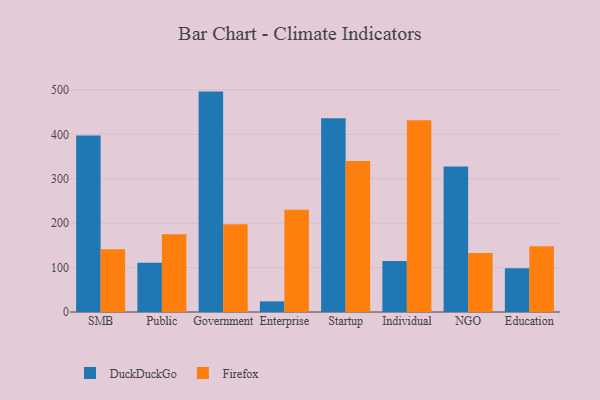
{"axis": {"x": "Segment", "y": "Demand Index"}, "legend": ["DuckDuckGo", "Firefox"], "data": [{"x": "SMB", "y": 397.2, "type": "DuckDuckGo"}, {"x": "SMB", "y": 141.4, "type": "Firefox"}, {"x": "Public", "y": 111.1, "type": "DuckDuckGo"}, {"x": "Public", "y": 175.1, "type": "Firefox"}, {"x": "Government", "y": 496.2, "type": "DuckDuckGo"}, {"x": "Government", "y": 197.3, "type": "Firefox"}, {"x": "Enterprise", "y": 23.9, "type": "DuckDuckGo"}, {"x": "Enterprise", "y": 230.0, "type": "Firefox"}, {"x": "Startup", "y": 436.1, "type": "DuckDuckGo"}, {"x": "Startup", "y": 339.9, "type": "Firefox"}, {"x": "Individual", "y": 114.7, "type": "DuckDuckGo"}, {"x": "Individual", "y": 431.6, "type": "Firefox"}, {"x": "NGO", "y": 327.6, "type": "DuckDuckGo"}, {"x": "NGO", "y": 132.7, "type": "Firefox"}, {"x": "Education", "y": 98.5, "type": "DuckDuckGo"}, {"x": "Education", "y": 147.8, "type": "Firefox"}]}